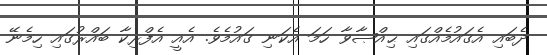
ދެބައި އެގައުމެއްގައި ޙިއްޞާވާ ހަމަ އެކަނި ގައުމެވެ. އެއީ އެފްރިކާ ބައްރުގައި ހިމެނޭ